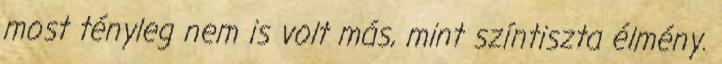
most tényleg nem is volt más, mint színtiszta élmény.